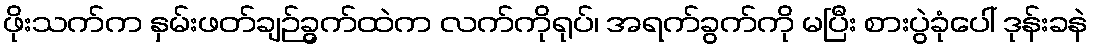
ဖိုးသက်က နှမ်းဖတ်ချဉ်ခွက်ထဲက လက်ကိုရုပ်၊ အရက်ခွက်ကို မပြီး စားပွဲခုံပေါ် ဒုန်းခနဲ